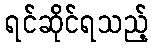
ရင်ဆိုင်ရသည့်